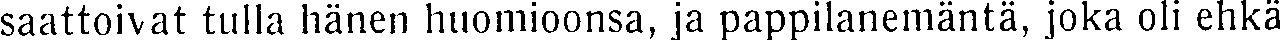
saattoivat tulla hänen huomioonsa, ja pappilanemäntä, joka oli ehkä